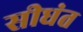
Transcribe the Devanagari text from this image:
सीधंत